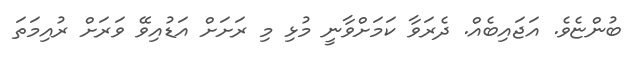
ބުންޏެވެ. އަޖައިބެއް. ދެރަވާ ކަމަށްވާނީ މުޅި މި ރަށަށް އަޑުއިވޭ ވަރަށް ރުއިމަތަ